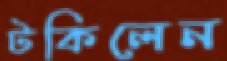
টকিলেন